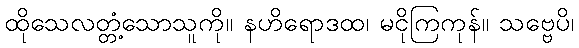
ထိုသေလတ္တံ့သောသူကို။ နဟိရောဒထ၊ မငိုကြကုန်။ သဗ္ဗေပိ၊